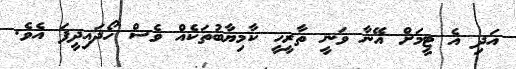
އަދި އެ ޓީމަށް އޭނާ ވަނީ ތާރީހީ ކާމިޔާބުތަކެއް ވެސް ހޯދައިދީފަ އެވެ.